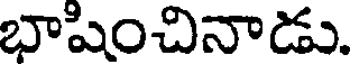
భాషించినాడు.